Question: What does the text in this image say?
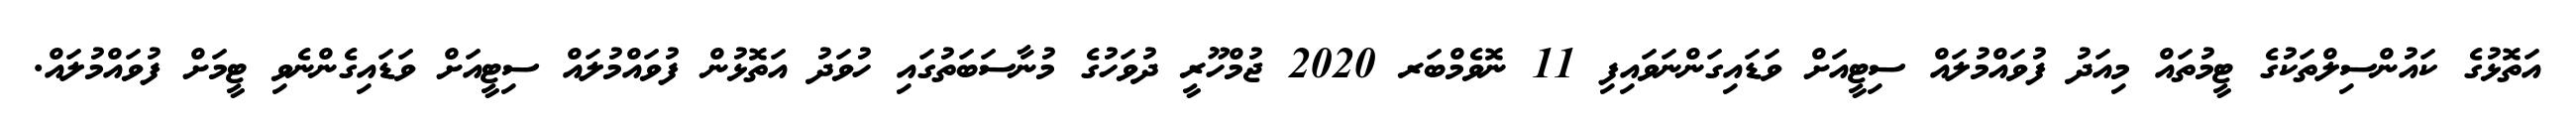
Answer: އަތޮޅުގެ ކައުންސިލްތަކުގެ ޓީމުތައް މިއަދު ފުވައްމުލައް ސިޓީއަށް ވަޑައިގަންނަވައިފި 11 ނޮވެމްބަރ 2020 ޖުމްހޫރީ ދުވަހުގެ މުނާސަބަތުގައި ހުވަދު އަތޮޅުން ފުވައްމުލައް ސިޓީއަށް ވަޑައިގެންނެވި ޓީމަށް ފުވައްމުލައް.